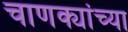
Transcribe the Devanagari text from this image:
चाणक्यांच्या